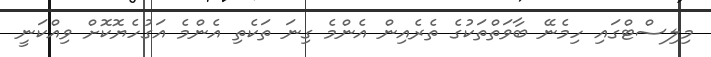
މިލިސްޓްގައި ހިމެނޭ ބާވަތްތަކުގެ ތެރެއިން އެންމެ ގިނަ ތަކެތި އެންމެ އަގުހެޔޮކޮށް ވިއްކަނީ